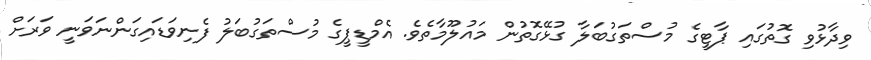
ވިދާޅުވި ގޮތުގައި ޕާޓީގެ މުސްތަގުބަލާ ގުޅޭގޮތުން މައުލޫމާތެވެ. އެމްޑީޕީގެ މުސްތަގުބަލު ފެނިވަޑައިގަންނަވަނީ ވަރަށް